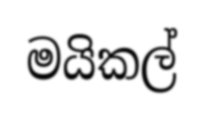
මයිකල්